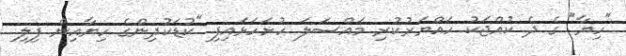
"ހިޔާ" ގެ ދެ ކުއްޖަކު ހައްޔަރުކުރި މައްސަލަ ހުށަހަޅައިފި "ކުޑަކުދިންގެ ހިޔާއިން ފިލި